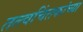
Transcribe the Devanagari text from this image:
तत्त्वचिंतकांच्या